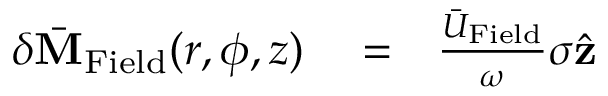
\begin{array} { r l r } { \delta \bar { \bf M } _ { \mathrm { F i e l d } } ( r , \phi , z ) } & { { } = } & { \frac { \bar { U } _ { \mathrm { F i e l d } } } { \omega } \sigma \hat { \bf z } } \end{array}